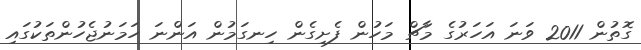
ގޮތުން 2011 ވަނަ އަހަރުގެ މާޗް މަހުން ފެށިގެން ހިނގަމުން އަންނަ ހަމަނުޖެހުންތަކުގައި